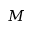
M